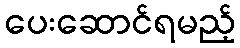
ပေးဆောင်ရမည့်